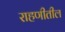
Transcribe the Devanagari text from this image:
राहणीतील